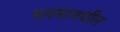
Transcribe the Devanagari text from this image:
मनपामधील